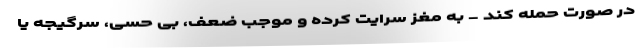
در صورت حمله کند - به مغز سرایت کرده و موجب ضعف، بی حسی، سرگیجه یا